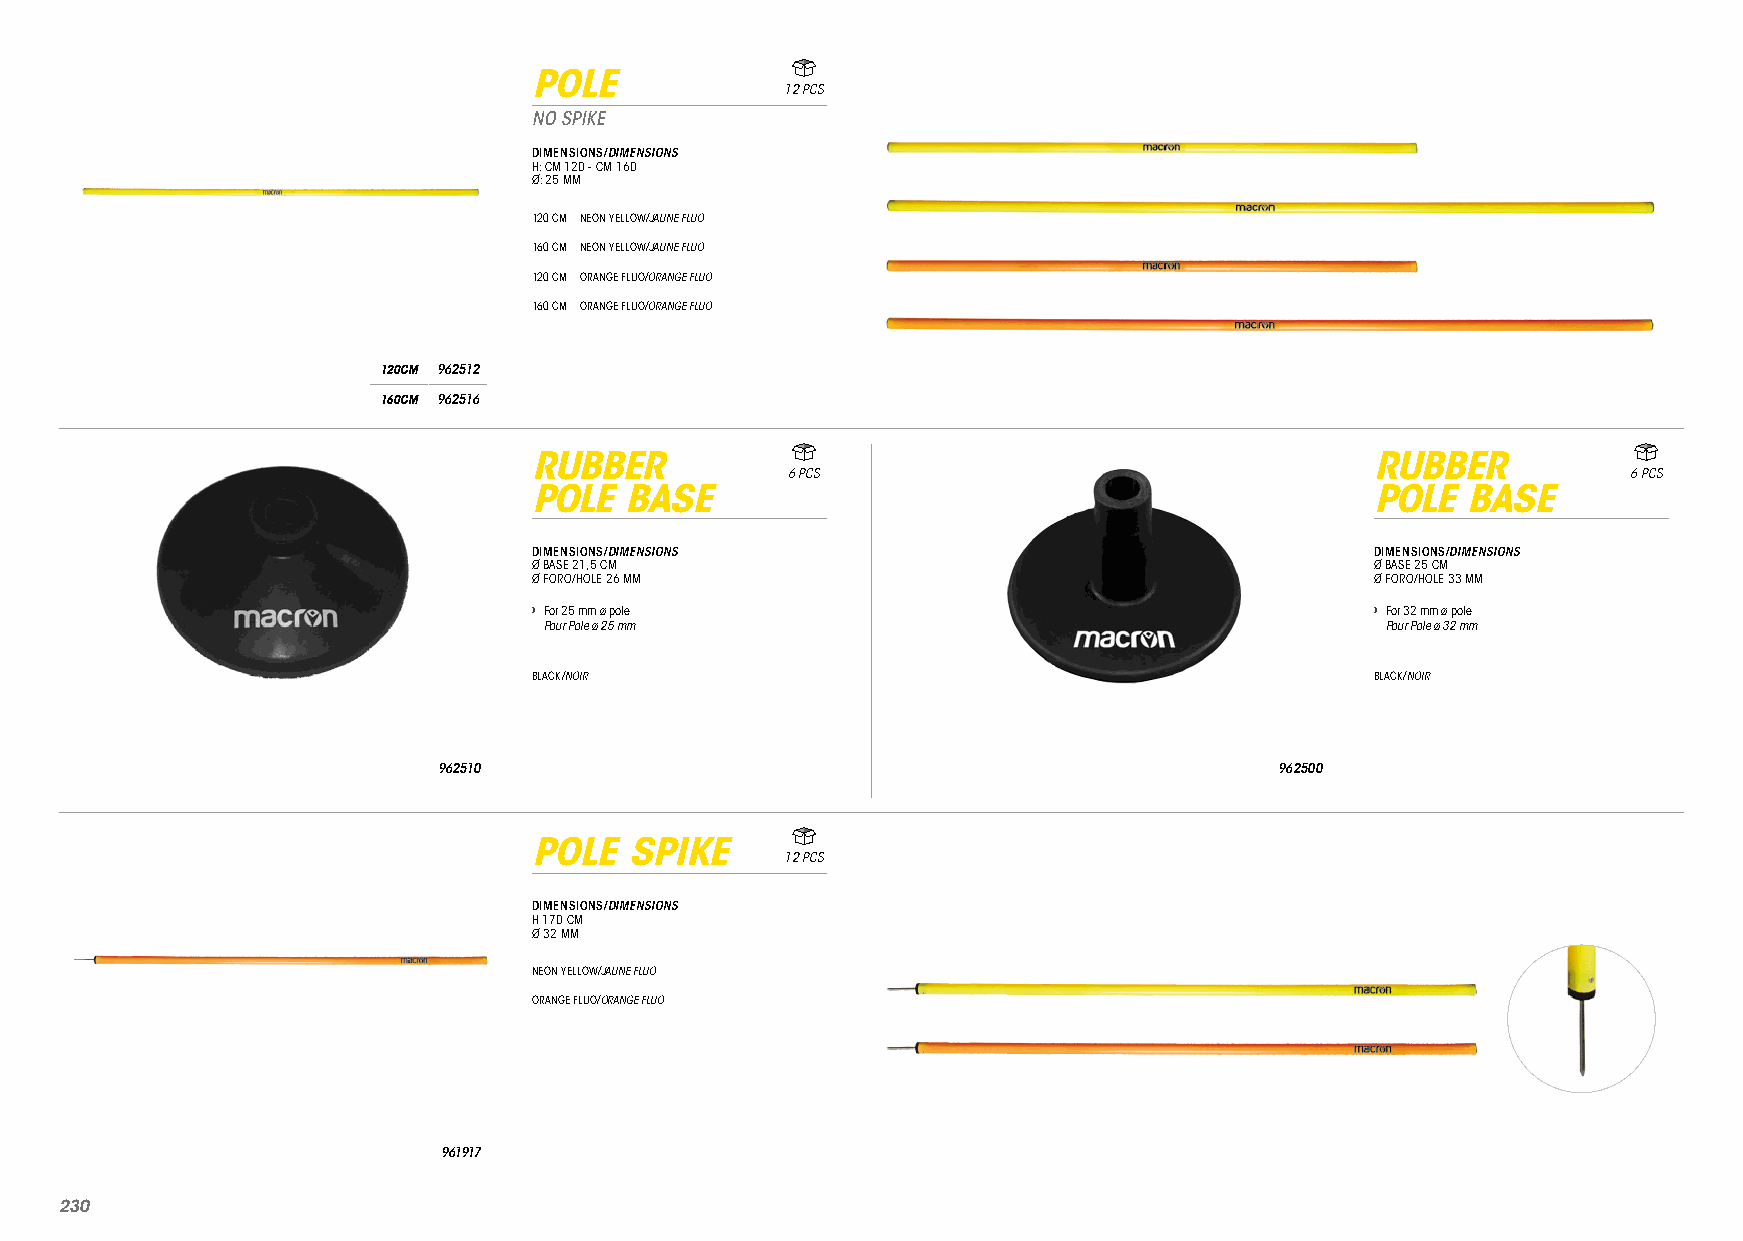
POLE
 12 PCS
 NO SPIKE
 DIMENSIONS/DIMENSIONS
 H: CM 120 - CM 160
 Ø: 25 MM
 120 CM NEON YELLOW/JAUNE FLUO
 160 CM NEON YELLOW/JAUNE FLUO
 120 CM ORANGE FLUO/ORANGE FLUO
 160 CM ORANGE FLUO/ORANGE FLUO
 120CM 962512
 160CM 962516
 RUBBER                                                  RUBBER
 6 PCS                                                   6 PCS
 POLE  BASE                                              POLE  BASE
 DIMENSIONS/DIMENSIONS                                   DIMENSIONS/DIMENSIONS
 Ø BASE 21,5 CM                                          Ø BASE 25 CM
 Ø FORO/HOLE 26 MM                                       Ø FORO/HOLE 33 MM
 › For 25 mm ø pole                                      › For 32 mm ø pole
 Pour Pole ø 25 mm                                       Pour Pole ø 32 mm
 BLACK/NOIR                                              BLACK/NOIR
 962510                                                  962500
 POLE   SPIKE
 12 PCS
 DIMENSIONS/DIMENSIONS
 H 170 CM
 Ø 32 MM
 NEON YELLOW/JAUNE FLUO
 ORANGE FLUO/ORANGE FLUO
 961917
 223300